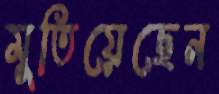
মুতিয়েছেন